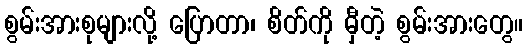
စွမ်းအားစုများလို့ ပြောတာ၊ စိတ်ကို မှီတဲ့ စွမ်းအားတွေ။